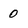
Character: 0